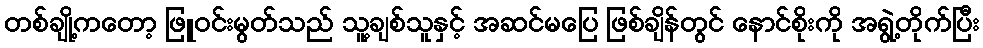
တစ်ချို့ကတော့ ဖြူဝင်းမွတ်သည် သူ့ချစ်သူနှင့် အဆင်မပြေ ဖြစ်ချိန်တွင် နောင်စိုးကို အရွဲ့တိုက်ပြီး